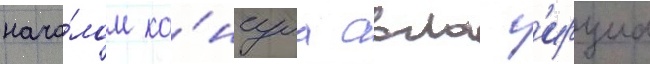
нача́лом ко́нсула авла г'ирциа